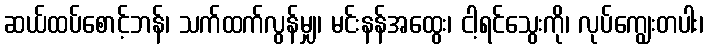
ဆယ်ထပ်စောင့်ဘန်၊ သက်ထက်လွန်မျှ၊ မင်းနန်အထွေး၊ ငါ့ရင်သွေးကို၊ လုပ်ကျွေးတပါး၊